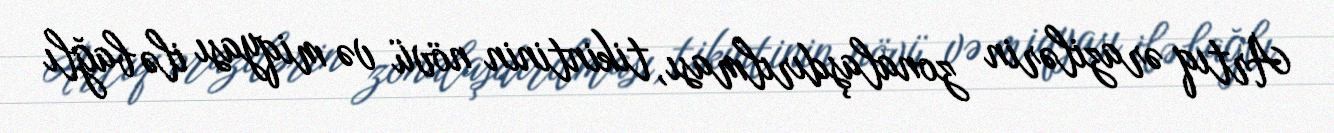
Artıq ərazilərin zonalaşdırılması, tikintinin növü və miqyası ilə bağlı